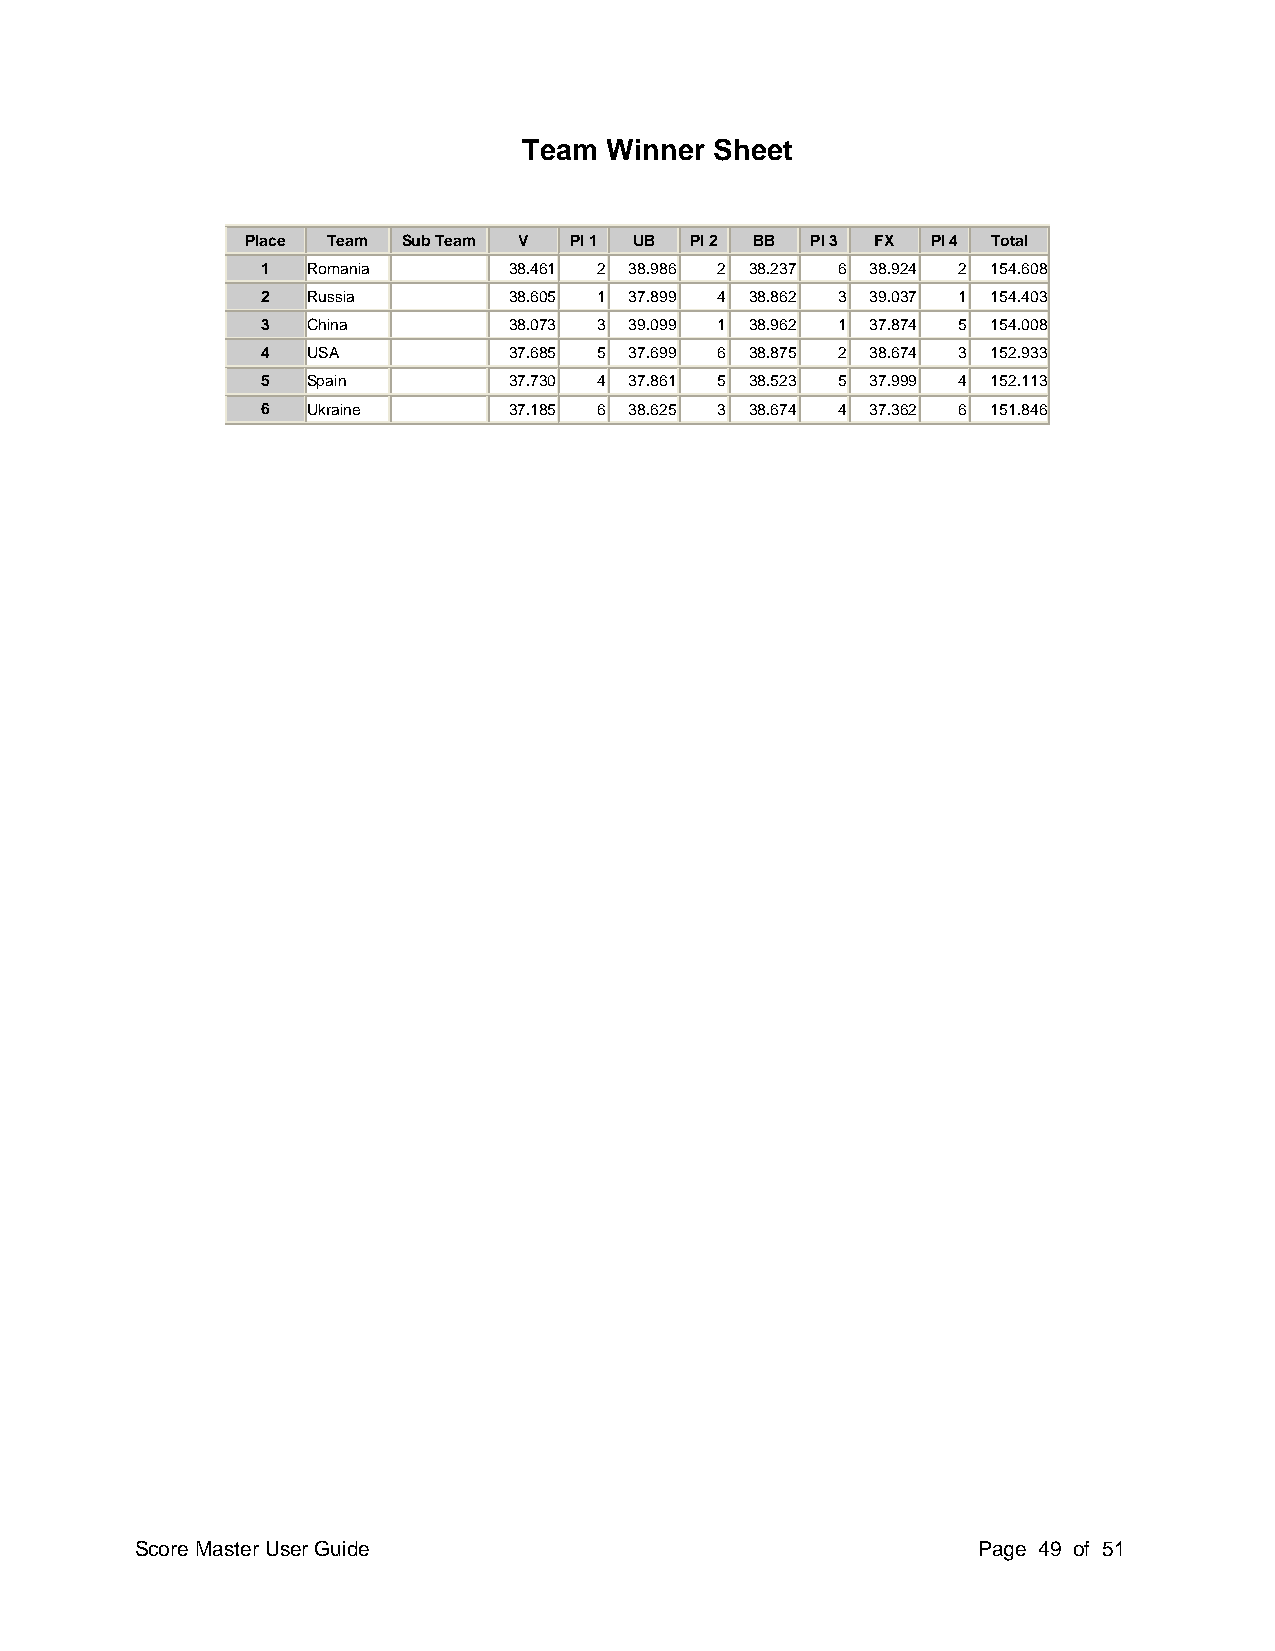
Team Winner Sheet
 Place Team Sub Team V Pl 1 UB Pl 2 BB Pl 3 FX Pl 4 Total
 1  Romania       38.461 2 38.986 2 38.237 6 38.924 2 154.608
 2  Russia        38.605 1 37.899 4 38.862 3 39.037 1 154.403
 3  China         38.073 3 39.099 1 38.962 1 37.874 5 154.008
 4  USA           37.685 5 37.699 6 38.875 2 38.674 3 152.933
 5  Spain         37.730 4 37.861 5 38.523 5 37.999 4 152.113
 6  Ukraine       37.185 6 38.625 3 38.674 4 37.362 6 151.846
 Score Master User Guide                                 Page 49 of 51